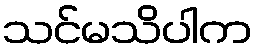
သင်မသိပါက